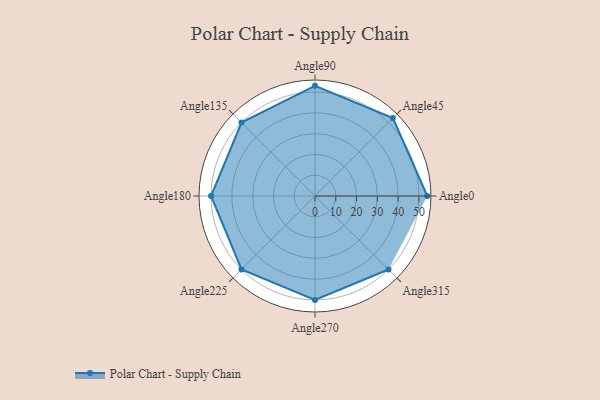
{"axis": {"x": "Angle", "y": "Radius"}, "legend": [""], "data": [{"x": "Angle0", "y": 54.0, "type": ""}, {"x": "Angle45", "y": 53.0, "type": ""}, {"x": "Angle90", "y": 53.0, "type": ""}, {"x": "Angle135", "y": 50, "type": ""}, {"x": "Angle180", "y": 50, "type": ""}, {"x": "Angle225", "y": 50, "type": ""}, {"x": "Angle270", "y": 50, "type": ""}, {"x": "Angle315", "y": 50, "type": ""}]}